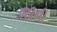
જાના